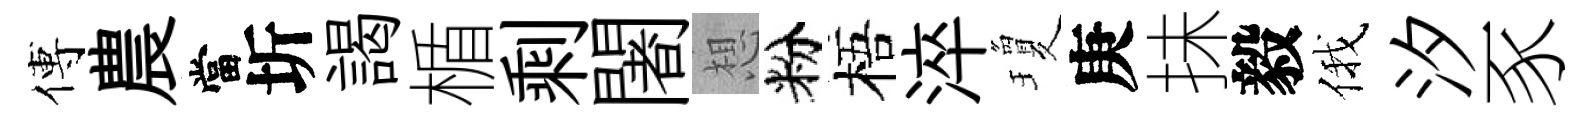
傅農當圻謁楯剩闍想粉梧淬瓊庚抺毅俄汐豕